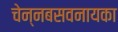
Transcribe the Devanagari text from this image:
चेन्नबसवनायका